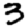
Digit: 3